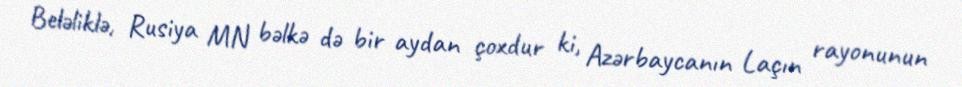
Beləliklə, Rusiya MN bəlkə də bir aydan çoxdur ki, Azərbaycanın Laçın rayonunun